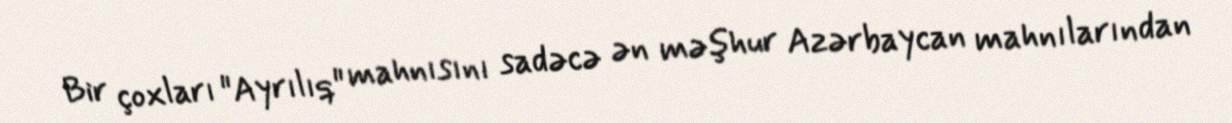
Bir çoxları "Ayrılıq" mahnısını sadəcə ən məşhur Azərbaycan mahnılarından